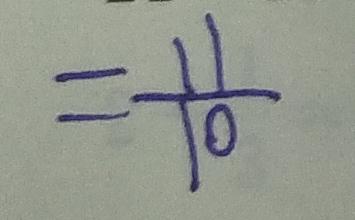
= \frac { 1 1 } { 1 0 }